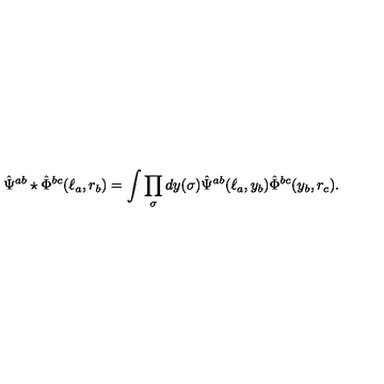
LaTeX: \hat { \Psi } ^ { a b } \star \hat { \Phi } ^ { b c } ( \ell _ { a } , r _ { b } ) = \int \prod _ { \sigma } d y ( \sigma ) \hat { \Psi } ^ { a b } ( \ell _ { a } , y _ { b } ) \hat { \Phi } ^ { b c } ( y _ { b } , r _ { c } ) .